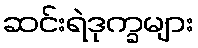
ဆင်းရဲဒုက္ခများ